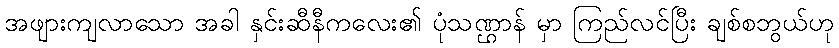
အဖျားကျလာသော အခါ နှင်းဆီနီကလေး၏ ပုံသဏ္ဌာန် မှာ ကြည်လင်ပြီး ချစ်စဘွယ်ဟု